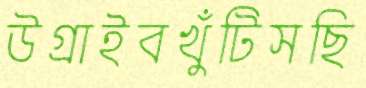
উগ্‌রাইবখুঁটিসছি